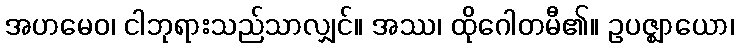
အဟမေဝ၊ ငါဘုရားသည်သာလျှင်။ အဿ၊ ထိုဂေါတမီ၏။ ဥပဇ္ဈာယော၊